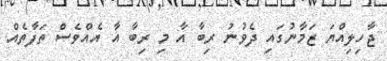
ޖާހިލިއްޔަ ޒަމާނުގައި ދެވުނު ރިބާ އާ މި ރިބާ އާ އެއްވެސް ތަފާތެއް